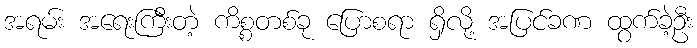
အရမ်း အရေးကြီးတဲ့ ကိစ္စတစ်ခု ပြောစရာ ရှိလို့ အပြင်ခဏ ထွက်ခဲ့ဦး